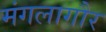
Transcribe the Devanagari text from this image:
मंगलागौर